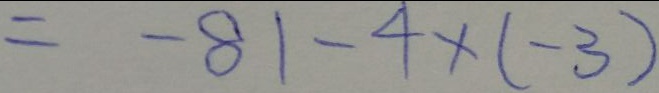
= - 8 1 - 4 \times ( - 3 )